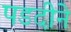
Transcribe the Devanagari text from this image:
पडदीने